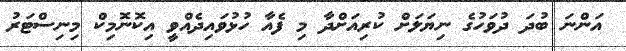
އަންނަ ބުދަ ދުވަހުގެ ނިޔަލަށް ކުރިއަށްދާ މި ފެއާ ހުޅުވައިދެއްވީ އިކޮނޮމިކް މިނިސްޓަރު